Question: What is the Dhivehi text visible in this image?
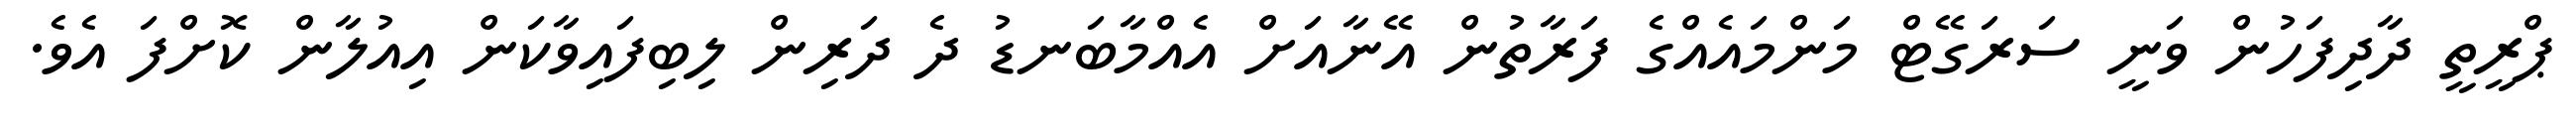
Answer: ޕްރީތީ ދާދިފަހުން ވަނީ ސަރަގޭޓް މަންމައެއްގެ ފަރާތުން އޭނާއަށް އެއްމާބަނޑު ދެ ދަރިން ލިބިފައިވާކަން އިއުލާން ކޮށްފަ އެވެ.